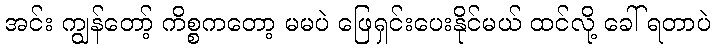
အင်း ကျွန်တော့် ကိစ္စကတော့ မမပဲ ဖြေရှင်းပေးနိုင်မယ် ထင်လို့ ခေါ် ရတာပဲ